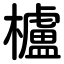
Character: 櫨